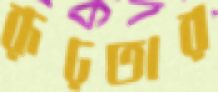
রূঢ়তার